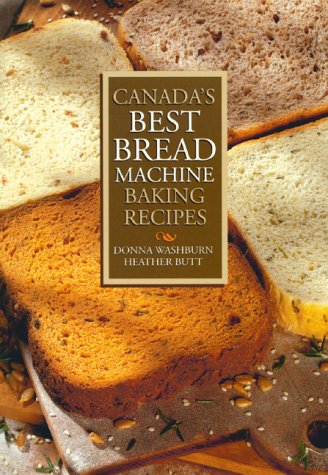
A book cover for Canada's Best Bread Machine Baking Recipes; Donna Washburn; Cookbooks, Food & Wine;